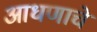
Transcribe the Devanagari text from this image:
आधणाचे